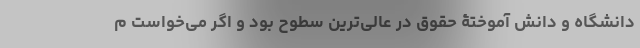
دانشگاه و دانش آموختۀ حقوق در عالی‌ترین سطوح بود و اگر می‌خواست م